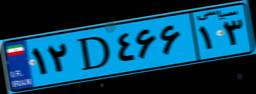
۶۶D۹۱۵۸۲